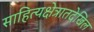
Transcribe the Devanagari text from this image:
साहित्यक्षेत्रातदेखिल